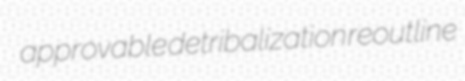
approvable detribalization reoutline